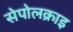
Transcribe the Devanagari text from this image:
सेपोलक्राइ